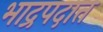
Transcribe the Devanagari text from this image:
भाद्रपदात